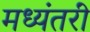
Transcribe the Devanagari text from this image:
मध्यंतरीं